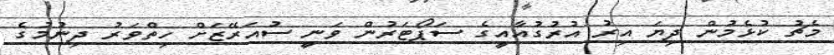
މެޗު ކުޅެމުން ދިޔަ އިރު އުރުގުއާއީގެ ސަޕޯޓަރުން ވަނީ ސުއަރޭޒަށް ހިތްވަރު ދިނުމުގެ